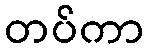
တပ်ကာ